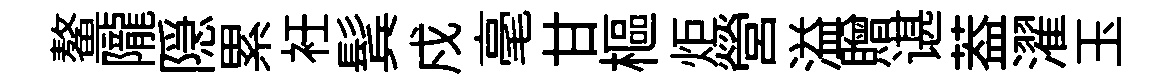
鳌隴隠累衽鬂戍毫甘樞炬營溢贈谌葢濯玉